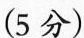
(5分)